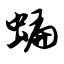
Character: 蝙